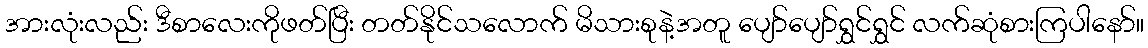
အားလုံးလည်း ဒီစာလေးကိုဖတ်ပြီး တတ်နိုင်သလောက် မိသားစုနဲ့အတူ ပျော်ပျော်ရွှင်ရွှင် လက်ဆုံစားကြပါနော်။